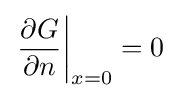
\left.{\frac {\partial G}{\partial n}}\right|_{x=0}=0